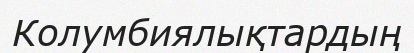
Колумбиялықтардың